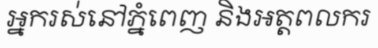
អ្នករស់នៅភ្នំពេញ និងអត្តពលករ